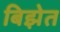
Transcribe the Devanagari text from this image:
बिझेत